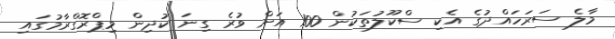
މާލެ ސަރަހައްދުގެ އެކި ސްކޫލުތަކުން 100 އަށް ވުރެ ގިނަ ކުދިން މިޕްރޮގްރާމުގައި